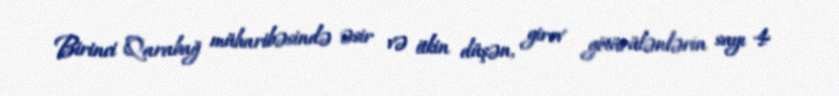
Birinci Qarabağ müharibəsində əsir və itkin düşən, girov götürülənlərin sayı 4